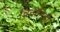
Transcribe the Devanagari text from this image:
चिनीमिट्टी